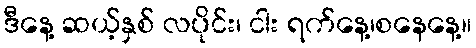
ဒီနေ့ ဆယ့်နှစ် လပိုင်း၊ ငါး ရက်နေ့၊စနေနေ့။